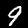
Label: 9